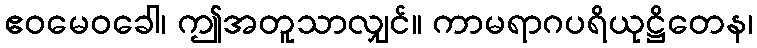
ဧဝမေဝခေါ၊ ဤအတူသာလျှင်။ ကာမရာဂပရိယုဋ္ဌိတေန၊